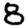
Digit: 8